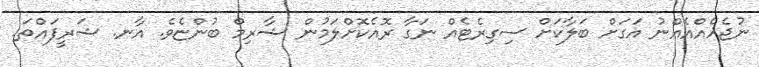
ނުޖެހެއްއެއްނު އަގަށް ބަލާކަށް ސިގިރެޓެއް ނަގާ ރޮއެކޮށްލަމުން ޝާރިމް ބުންޏެވެ. އާނ. ޝަރީފައްތަ.